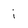
Character: i